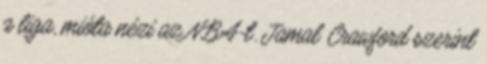
a liga, mióta nézi az NBA-t. Jamal Crawford szerint